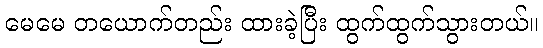
မေမေ တယောက်တည်း ထားခဲ့ပြီး ထွက်ထွက်သွားတယ်။